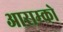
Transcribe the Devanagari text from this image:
आराम्को